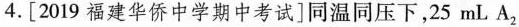
4.[2019福建华侨中学期中考试]同温同压下，25mLA_{2|